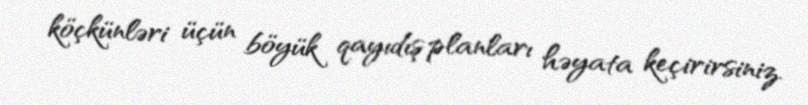
köçkünləri üçün böyük qayıdış planları həyata keçirirsiniz.